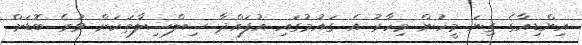
އިންޑިއާގެ ގިނަ މީހުން މިހާރު އެ ގައުމުގައި އުފައްދާ ސިލްސިލާތަކަށް ވުރެ ބޮޑަށް